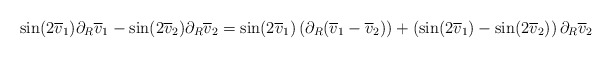
\begin{align*} \sin(2\overline{v}_{1})\partial_{R}\overline{v}_{1}-\sin(2\overline{v}_{2})\partial_{R}\overline{v}_{2} &= \sin(2\overline{v}_{1})\left(\partial_{R}(\overline{v}_{1}-\overline{v}_{2})\right) + \left(\sin(2\overline{v}_{1})-\sin(2\overline{v}_{2})\right)\partial_{R}\overline{v}_{2}\end{align*}